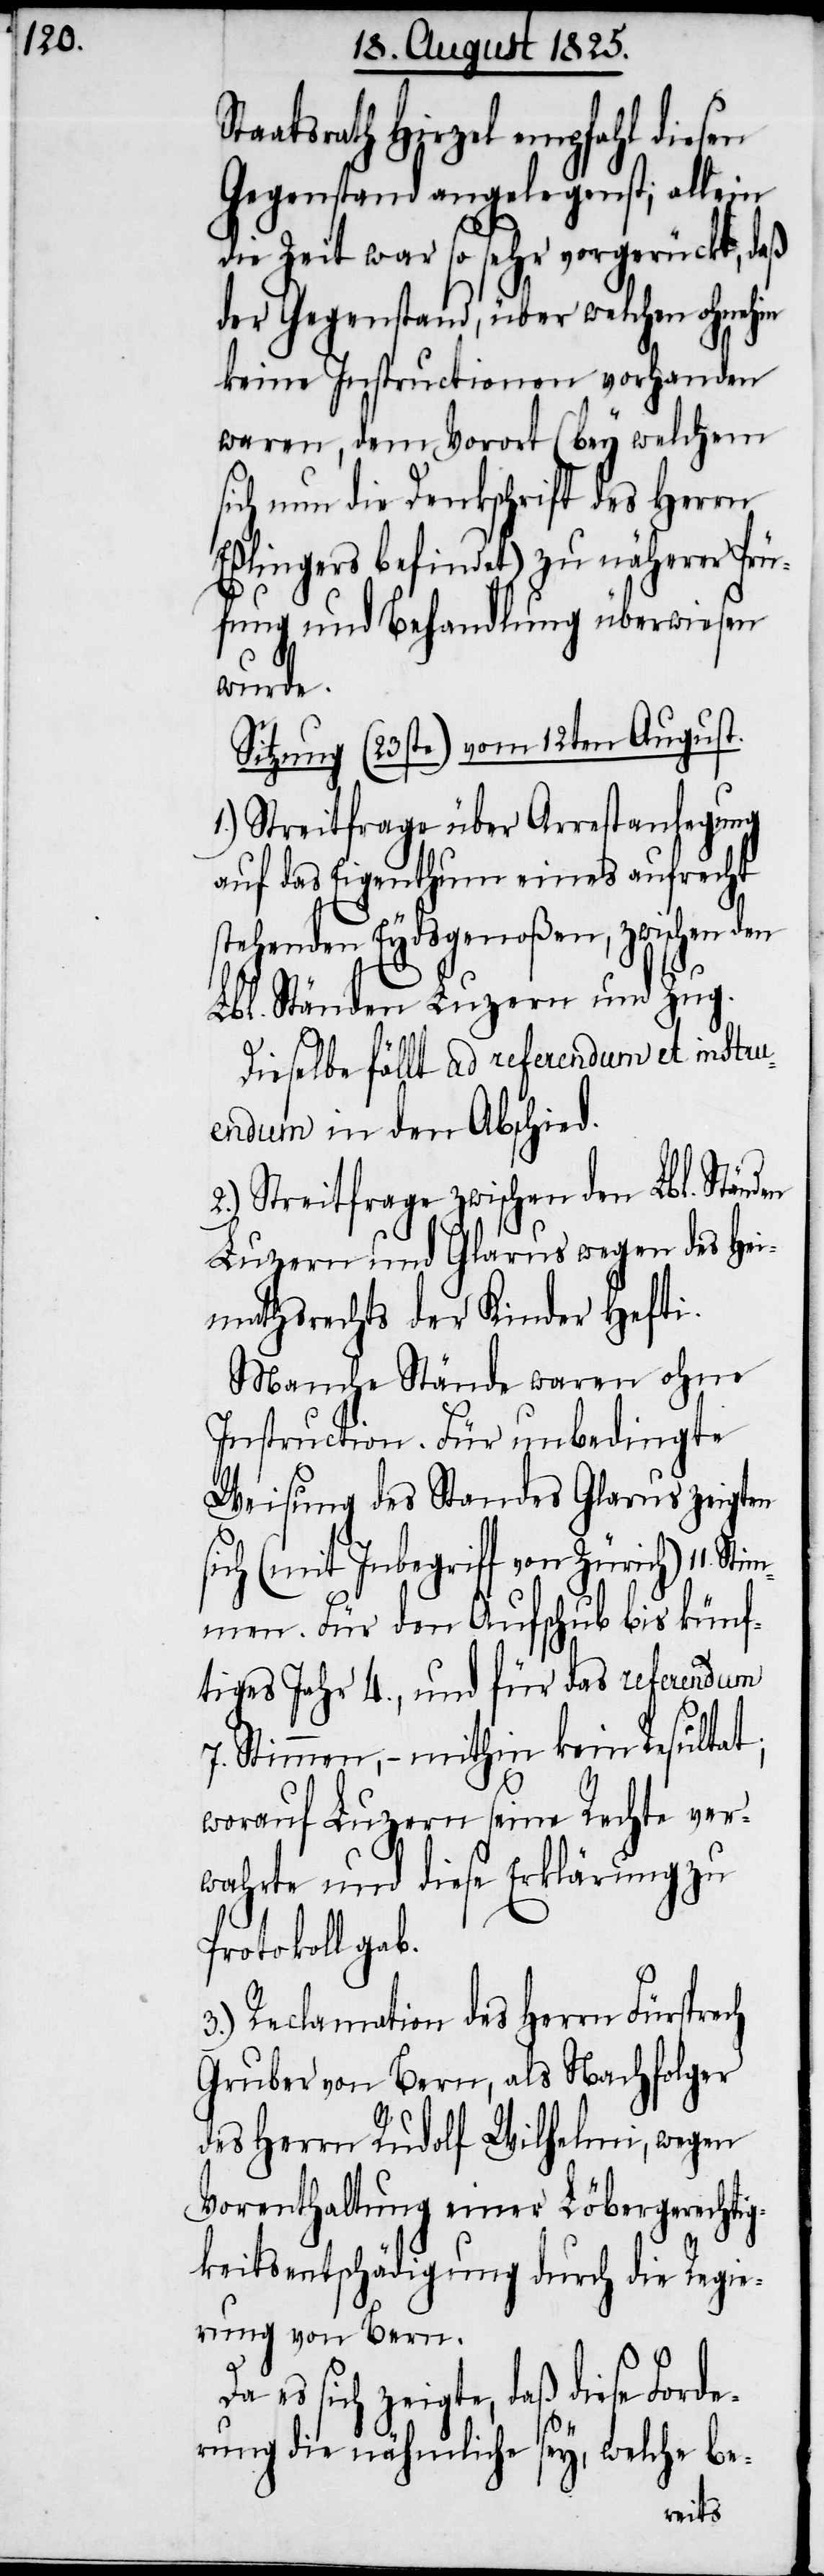
Staatsrath Hirzel empfahl diesen
Gegenstand angelegenst; allein
die Zeit war so sehr vorgerückt, daß
der Gegenstand, über welchen ohnehin
keine Instructionen vorhanden
waren, dem Vorort (bey welchem
sich nun die Dankschrift des Herrn
Eßlingers befindet) zu näherer Prü¬
fung und Behandlung überwiesen
wurde.
Sitzung (23ste) vom 12ten August.
1.) Streitfrage über Arrestanlegung
auf das Eigenthum eines aufrecht
stehenden Eydsgenoßen, zwischen den
Lbl. Ständen Luzern und Zug.
Dieselbe fällt ad referendum et instr¬
uendum in den Abschied.
2.) Streitfrage zwischen den Lbl. Ständen
Luzern und Glarus wegen des Hei¬
mathsrechts der Kinder Hefti.
Manche Stände waren ohne
Instruction. Für unbedingte
Weisung des Standes Glarus zeigten
sich (mit Inbegriff von Zürich) 11. St¬
immen. Für den Aufschub bis künf¬
tiges Jahr 4., und für das referendum
7. Stimmen, – mithin kein Resultat;
worauf Luzern seine Rechte ver¬
wahrte und diese Erklärung zu
Protokoll gab.
3.) Reclamation des Herrn Fürsprech
Gruber von Bern, als Nachfolger
des Herrn Rudolf Wilhelm, wegen
Vorenthaltung eines Löbergerechtig¬
keitsentschädigung durch die Regie¬
rung von Bern.
es sich zeigte, daß diese Forde¬
rung die nähmliche sey, welche be-